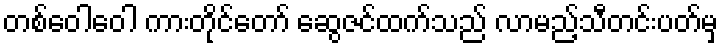
တစ်ဝေါဝေါ ကားတိုင်တော် ဆွေဇင်ထက်သည် လာမည့်သီတင်းပတ်မှ